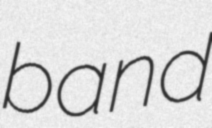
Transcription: band